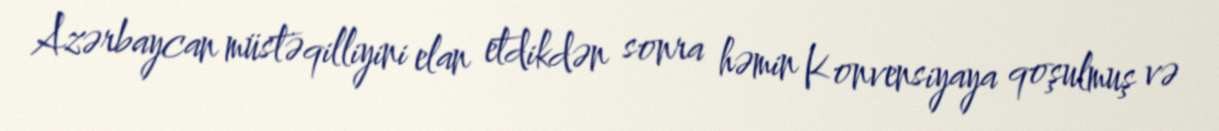
Azərbaycan müstəqilliyini elan etdikdən sonra həmin Konvensiyaya qoşulmuş və